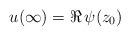
LaTeX: \begin{align*}u(\infty)=\Re\, \psi(z_0)\end{align*}